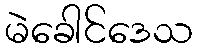
မဲခေါင်ဒေသ